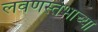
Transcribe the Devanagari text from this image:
लवणस्तंभाच्या